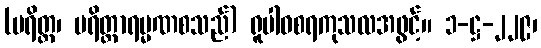
(ပရိတ္တ၊ ပရိတ္တာရမ္မဏစသည်) ရူပါဝစရကုသလအဖွင့်။ ၁-ဋ္ဌ-၂၂၉၊